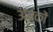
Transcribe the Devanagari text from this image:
अर्कों